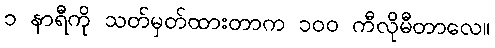
၁ နာရီကို သတ်မှတ်ထားတာက ၁၀၀ ကီလိုမီတာလေ။